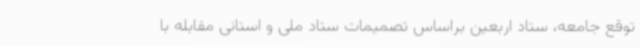
توقع جامعه، ستاد اربعین براساس تصمیمات ستاد ملی و استانی مقابله با